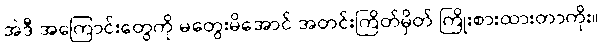
အဲဒီ အကြောင်းတွေကို မတွေးမိအောင် အတင်းကြိတ်မှိတ် ကြိုးစားထားတာကိုး။